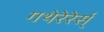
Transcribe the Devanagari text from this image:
गथेरेरेर्स्